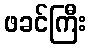
ဖခင်ကြီး